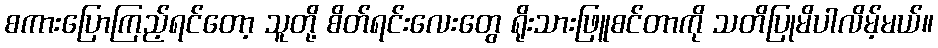
စကားပြောကြည့်ရင်တော့ သူတို့ စိတ်ရင်းလေးတွေ ရိုးသားဖြူစင်တာကို သတိပြုမိပါလိမ့်မယ်။